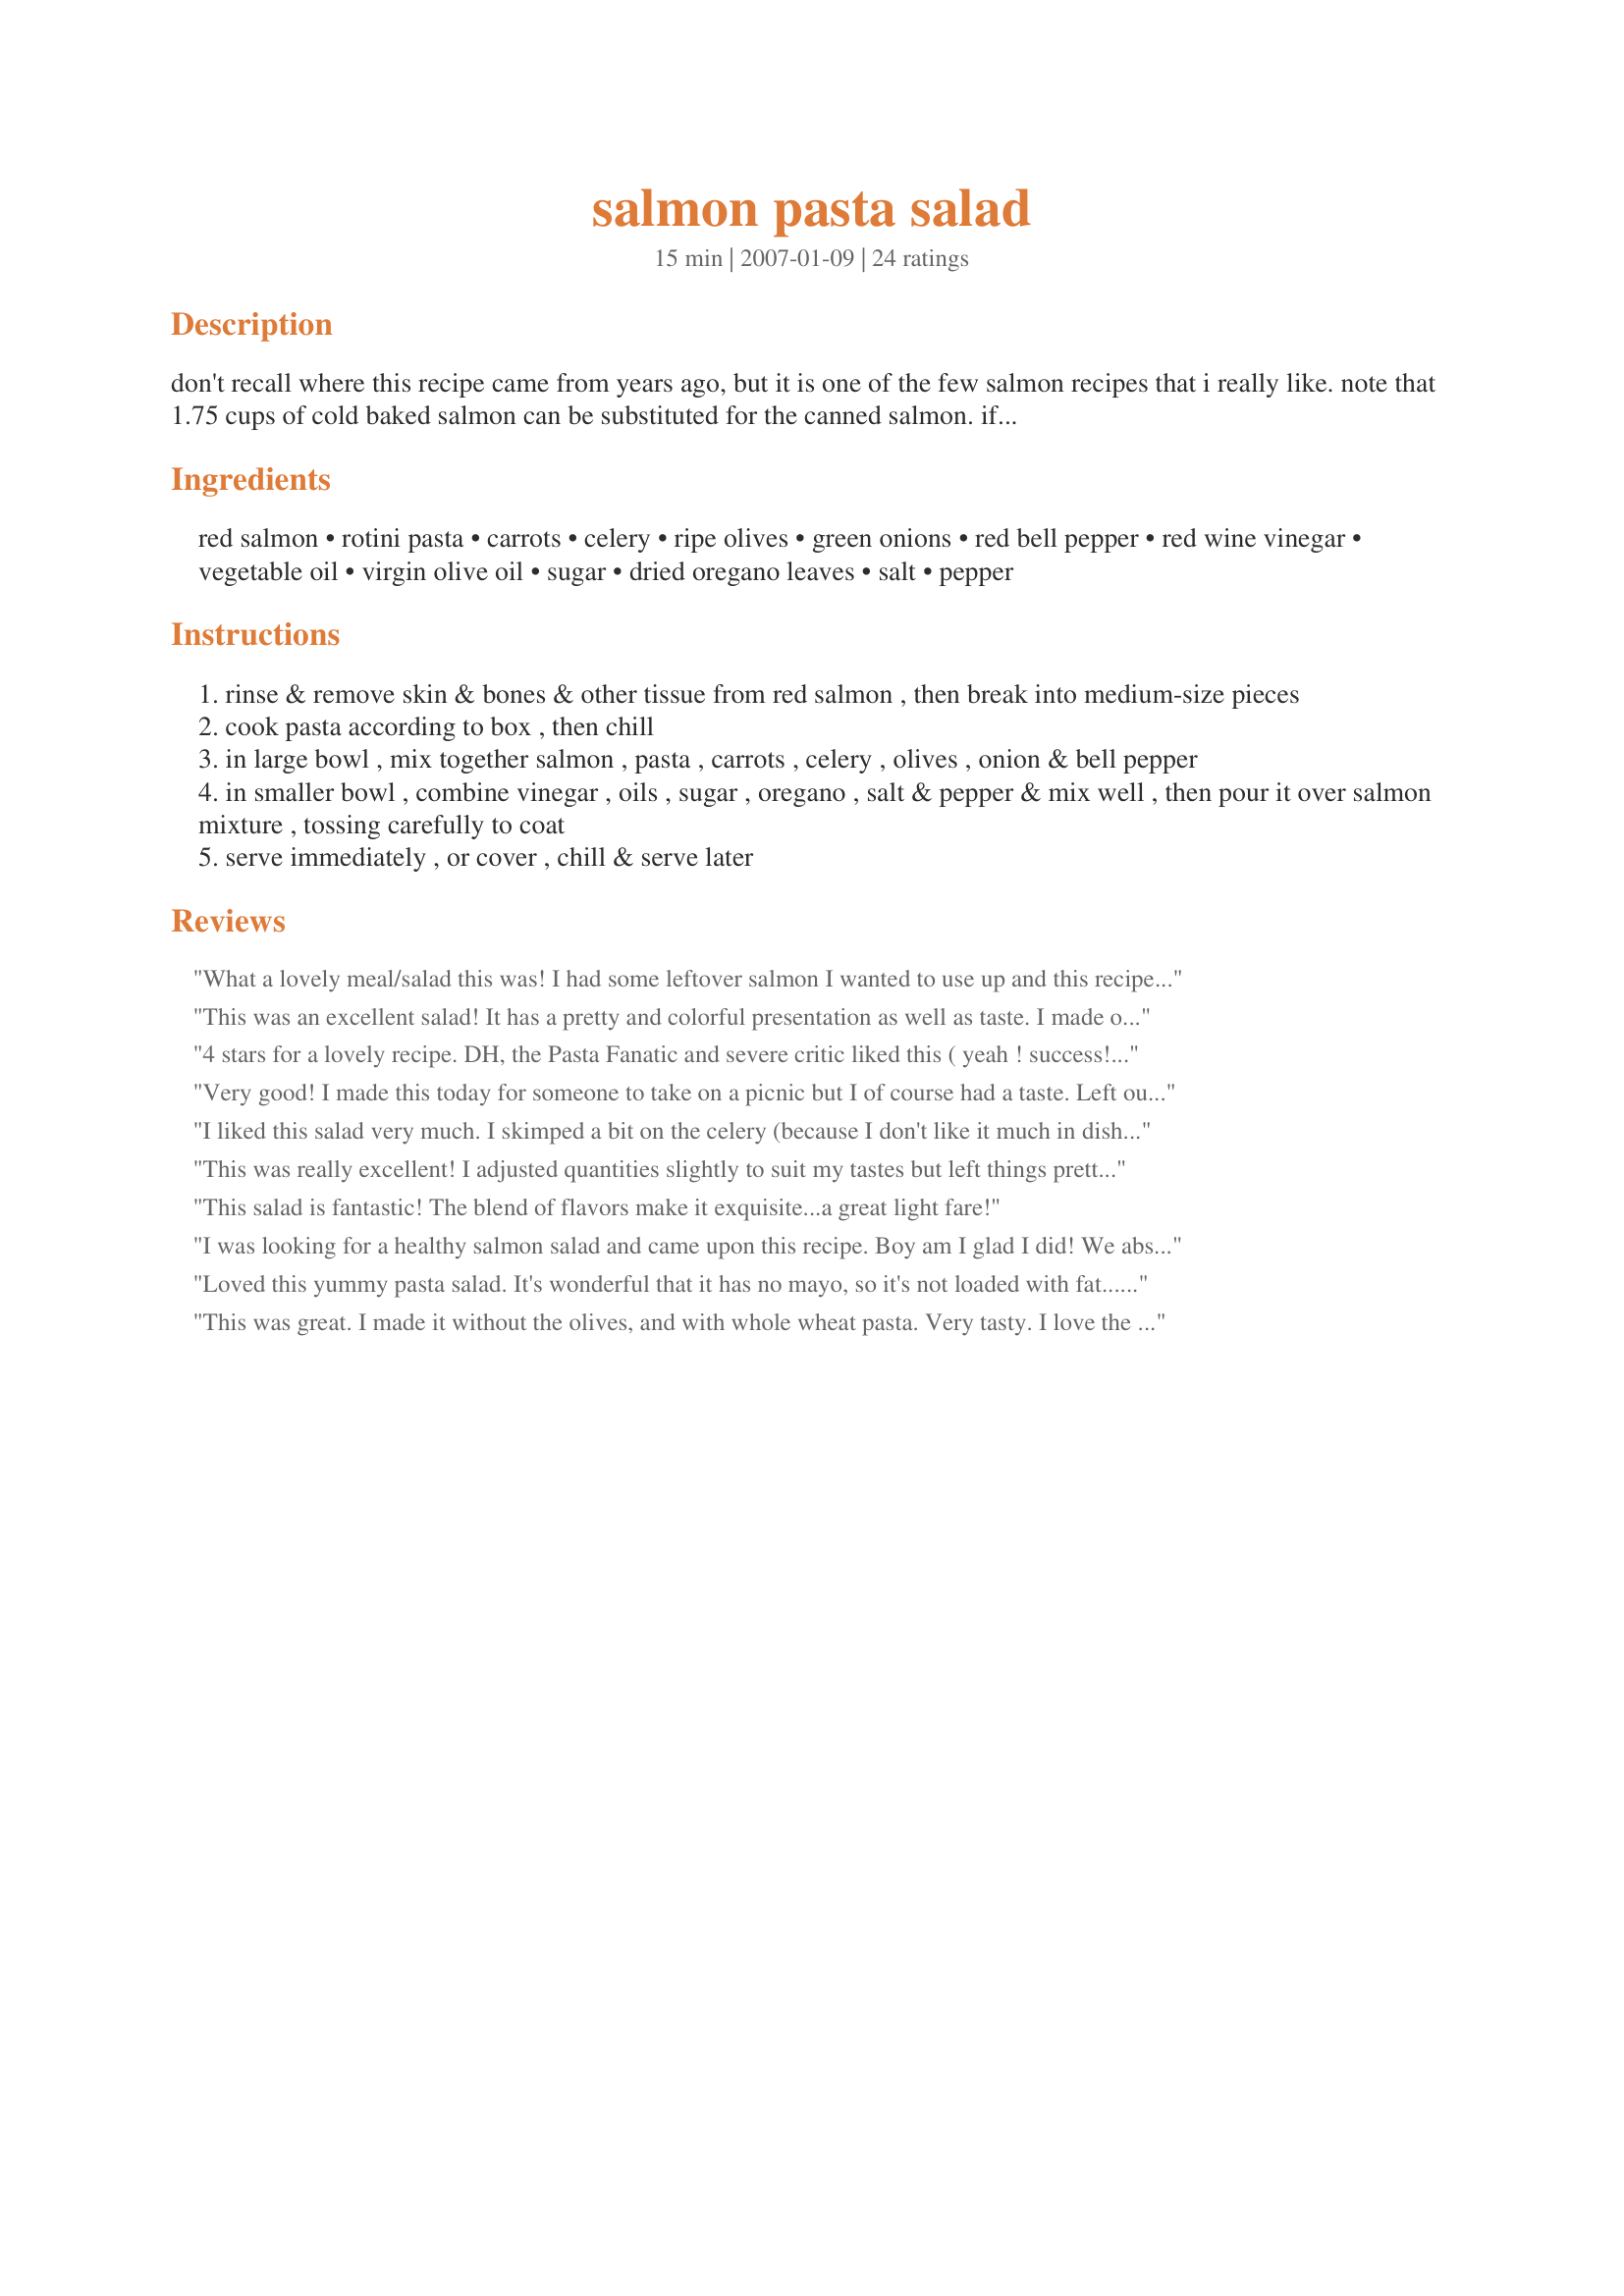
salmon pasta salad
Preparation time: 15 minutes

don't recall where this recipe came from years ago, but it is one of the few salmon recipes that i really like. note that 1.75 cups of cold baked salmon can be substituted for the canned salmon. if the final product seems too dry for your taste, additional red wine vinegar and olive oil can be added.

Ingredients:
red salmon, rotini pasta, carrots, celery, ripe olives, green onions, red bell pepper, red wine vinegar, vegetable oil, virgin olive oil, sugar, dried oregano leaves, salt, pepper

Steps:
rinse & remove skin & bones & other tissue from red salmon , then break into medium-size pieces
cook pasta according to box , then chill
in large bowl , mix together salmon , pasta , carrots , celery , olives , onion & bell pepper
in smaller bowl , combine vinegar , oils , sugar , oregano , salt & pepper & mix well , then pour it over salmon mixture , tossing carefully to coat
serve immediately , or cover , chill & serve later

Reviews:
What a lovely meal/salad this was! I had some leftover salmon I wanted to use up and this recipe really did it justice. I scaled down to 2 servings but probably added a little more of everything except pasta (definitely more salmon). I really liked the way all the flavours blended and worked off of each other and I know this is a recipe I'll make again and again as I often have salmon leftovers. ;-)
This was an excellent salad! It has a pretty and colorful presentation as well as taste. I made only half a recipe for the three of us, and have only enough left for one person for one lunch! We ate it on a lettuce leaf with toasted whole wheat olive bread and fresh fruit (cantaloupe and red grapes.) Thanks for the great recipe!
4 stars for a lovely recipe. DH, the Pasta Fanatic and severe critic liked this ( yeah ! success!!!) and commented that it would be especially nice on a hot summer's day. He doesn't like acidic tastes too much so I lessed the red wine vinegar and slightly upped the olive oil that he adores, and since celery, especially raw, isn't a favourite of his either I sauted some white onion and the celery very gently until they were soft-ish to make them acceptable and added chives later too as I had no green onions to hand. The carrots got left behind becuase DH left them in the plastic after doing the shopping and in a few short days of unseasonably warm weather they were totally covered in mould, ugh, maybe once peeled they might have been ok, but I hate taking that kind of risk, so ditched them. The tastes of this salad blended well together and the salmon was refeshing. Please see my Rating System: 4 stars for an easy and healthy meal that was made and eaten in no time. Thanks!
Very good! I made this today for someone to take on a picnic but I of course had a taste. Left out the peppers and olive added more celery, carrots, and also a red onion. A great salad that I plan on making much more often for myself and others.
I liked this salad very much. I skimped a bit on the celery (because I don't like it much in dishes) and shredded the carrots so that I didn't have such a big texture difference with the rest of the salad. All said I will definitely make this one again. Nice quick lunch to serve to family or my girl friends when they come over.
This was really excellent! I adjusted quantities slightly to suit my tastes but left things pretty much as-is (except to halve the recipe). The only major changes were that I shredded the carrot and left out the celery. Also used kalamata olives. This was a very tasty but healthy recipe and a great way to get your veggies as well as Omega-3's; I also used whole wheat pasta which added extra fiber. Thanks for the recipe Syd - I will definitely be making it again!
This salad is fantastic! The blend of flavors make it exquisite...a great light fare!
I was looking for a healthy salmon salad and came upon this recipe. Boy am I glad I did! We absolutely loved this dish. I made blackened salmon and used whole grain rotini for a healthier version. Didn't have any celery but we still had plenty of crunch with the orange and red bell peppers. I used only EVOO for the dressing and added garlic powder and some crushed red pepper flakes for our own tastes. This was even better the next day and it will definitely be a keeper in this household. Thank you for posting this awesome recipe !!
Loved this yummy pasta salad. It's wonderful that it has no mayo, so it's not loaded with fat....plus all the beautiful vegetables. I halved the recipe, but increased the black olives just a bit....love them. I used kalamata olives, and loved the saltiness they contributed to the salad. The only thing I might add is a tiny bit of roasted garlic or garlic powder....wouldn't want to use raw garlic. Made for PRMR tag....thanks for posting!
This was great. I made it without the olives, and with whole wheat pasta. Very tasty. I love the red wine vinegar taste with the salmon. Very nice. I did use all olive oil and no vegetable oil.
Delicious salad. I like that it doesn't use mayo like some other similar ones. This is definately healthier and just as tasty.
I did have to double the "sauce" and it did not even use the entire 16oz of pasta and it was still a tad bit on the dry side. I was surprised that it was quite flavorful. To me, the salmon was a little strong/fishy, but that's what my husband likes, so he ate the most of it. Thanks.
First: thanks for the recipe! I really enjoy this dish and make it often. Variations: I use fresh salmon (baked in the oven). I also use tonnes more veggies; for a box (6-8 servings) of wholewheat pasta, I will use 1 large carrot, 3 peppers (red, orange, yellow), and maybe some blanched asparagus or another type of vegetable. I will make more dressing and only use EV Olive Oil. Once, I added some crumbled feta - not bad but maybe not for everyone.
I made Sydney Mike's Recipe #207872 and used the leftovers to make this lovely pasta salad. I made a great dinner served with some crusty rolls. DH really enjoyed this and ate most of the salad in one sitting. I omitted the olives.
I scaled back the recipe by halving it and I have really enjoyed the small portion I've sampled: I've made it for take-to-work lunches for the next few days. Though I don't see it lasting for many days! Delicious blend of flavours. I used penne pasta, kalamata olives, roasted red pepper (from my Greek delicatessen) and I added a few drops of lemon juice, a sprinkling of garlic powder, a couple of grindings of a rosemary and sage herb blend and I added some chopped walnuts just before serving. I'll also be keeping those separate from the next few serves I eat and again adding them just before serving. They added some additional crunch to a fabulously flavoursome salad that I'll certainly be making again throughout the summer. Thank you for sharing another super-star recipe, Sydney Mike!
Excellent. Very good taste, healthy and easy. It makes generous servings and makes a great lunch or a light summer dinner. The crunch of the celery, carrots and peppers plays very nicely against the salmon and pasta. Thank you for a lovely recipe.
This is heaven sent, since we love salmon so much and enjoy pasta salads and have them a lot in the summer. This is a winner all the way around for us. I followed the recipe and the end result was fabulous! I used canned salmon with excellent results. We love this and will have it many times in the future!
I used green olives (that's what I had). And one small red bell pepper. I used white wine vinegar. This has a very good taste. It tastes fresh and healthy. Thanks Papa Syd LOL Made for Beverage tag.
I made this using canned salmon, with a few amount adjustments, this was thoroughly enjoyed by my family! thanks for sharing Sydney!...Kitten:)
This salad was just delicious. I made it as a quick dinner tonight and we couldn't stop eating it :) The dressing is great on the salad and all the veggies give it great color. Thanks! Made this for Spring PAC 2008.
I think a full pound of pasta is too much, you could easily reduce it by as much as half. And it took me a bit more than 15 minutes to wash and slice up all those veggies. But my husband and I both LOVED IT! Really tastes great!
Deffinately a keeper!!!!
DH enjoyed this for his dinner tonight. I left out the carrots & celery but added diced tomatoes. Made for Please Review My Recipe Tag
We really liked this. I cut it back to 2.5 servings, then served as a side dish with steak. I used a small piece of salmon that I had grilled earlier, and substituted sun dried tomatoes for the celery. I liked that this salad had so much vegetable content in it, so I didn't need to make an extra vegetable side dish. The dressing was very good, a nice compliment to everything else in the dish. Thanks for posting!
